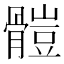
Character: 𩪂